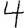
Digit: 4